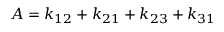
A = k _ { 1 2 } + k _ { 2 1 } + k _ { 2 3 } + k _ { 3 1 }